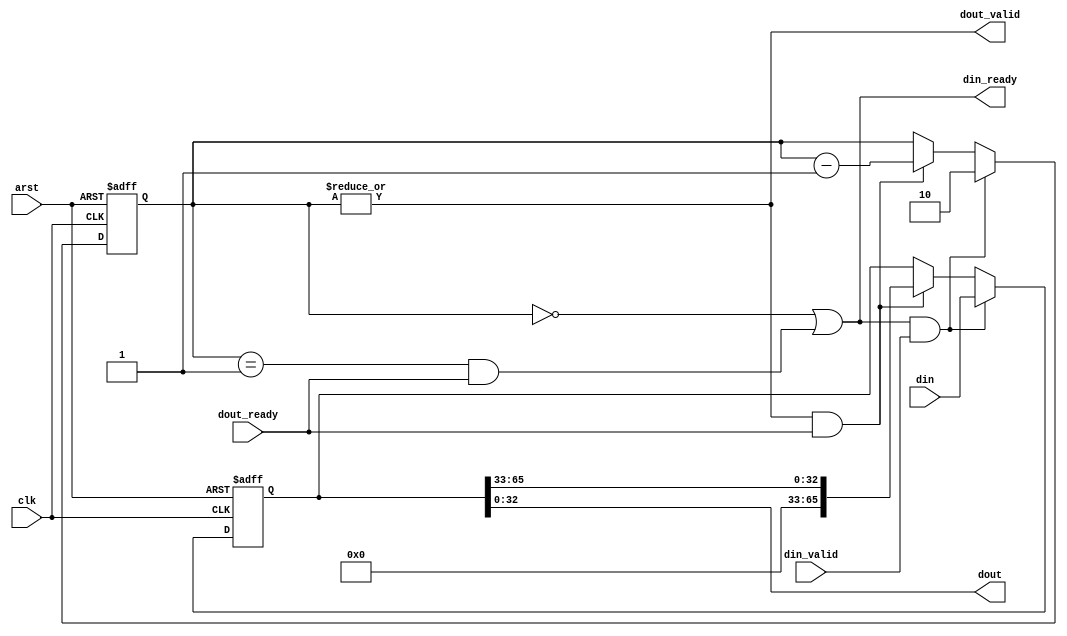
// Copyright 2009 Altera Corporation. All rights reserved.  
// Altera products are protected under numerous U.S. and foreign patents, 
// maskwork rights, copyrights and other intellectual property laws.  
//
// This reference design file, and your use thereof, is subject to and governed
// by the terms and conditions of the applicable Altera Reference Design 
// License Agreement (either as signed by you or found at www.altera.com).  By
// using this reference design file, you indicate your acceptance of such terms
// and conditions between you and Altera Corporation.  In the event that you do
// not agree with such terms and conditions, you may not use the reference 
// design file and please promptly destroy any copies you have made.
//
// This reference design file is being provided on an "as-is" basis and as an 
// accommodation and therefore all warranties, representations or guarantees of 
// any kind (whether express, implied or statutory) including, without 
// limitation, warranties of merchantability, non-infringement, or fitness for
// a particular purpose, are specifically disclaimed.  By making this reference
// design file available, Altera expressly does not recommend, suggest or 
// require that this reference design file be used in combination with any 
// other product not provided by Altera.
/////////////////////////////////////////////////////////////////////////////

// baeckler - 01-22-2009
// accept 2 words, output in single words
// send the less significant end through first

module two_to_one #(
	parameter WORD_LEN = 33
)
(
	input clk,arst,
	
	input [2*WORD_LEN-1:0] din,
	input din_valid,
	output din_ready,
	
	output [WORD_LEN-1:0] dout,
	input dout_ready,
	output dout_valid
);

reg [1:0] holding;  // holding 0..2 words
reg [2*WORD_LEN-1:0] storage;

assign din_ready = 
	(holding == 2'b0) || 
	((holding == 2'b1) && dout_ready);
assign dout_valid = (|holding);
assign dout = storage[WORD_LEN-1:0];

always @(posedge clk or posedge arst) begin
	if (arst) begin
		storage <= 0;
		holding <= 0;
	end
	else begin
		if (din_ready & din_valid) begin
			// if we are reloading it goes to 2 blocks available
			storage <= din;
			holding <= 2'b10;
		end
		else begin
			// not reloading
			// if the output side is ready lose one block
			if (dout_valid & dout_ready) begin
				holding <= holding - 1'b1;
				storage <= {{(WORD_LEN){1'b0}},
						storage[2*WORD_LEN-1:WORD_LEN]}; 
			end
		end
	end
end

endmodule